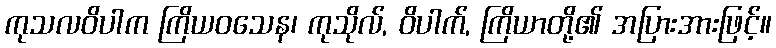
ကုသလဝိပါက ကြိယဝသေန၊ ကုသိုလ်, ဝိပါက်, ကြိယာတို့၏ အပြားအားဖြင့်။